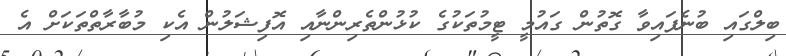
ބިލްގައި ބުނެފައިވާ ގޮތުން ގައުމީ ޓީމުތަކުގެ ކުޅުންތެރިންނާއި އޮފިޝަލުން އެކި މުބާރާތްތަކަށް އެ